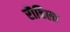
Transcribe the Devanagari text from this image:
रौहिला